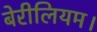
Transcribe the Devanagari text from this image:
बेरीलियम।